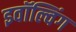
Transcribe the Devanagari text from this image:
इवॉल्विंग